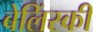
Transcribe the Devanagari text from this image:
बेलिंस्की